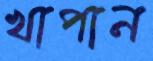
খাপান